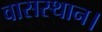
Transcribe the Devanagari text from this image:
वासस्थान।